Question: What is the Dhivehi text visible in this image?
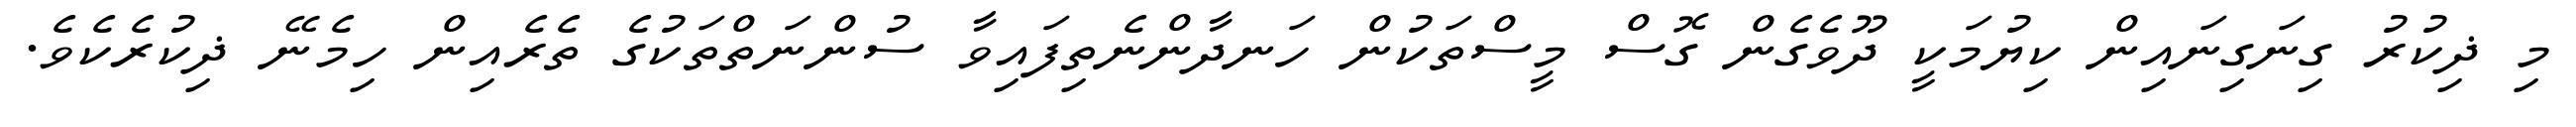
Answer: މި ޛިކުރު ގިނަގިނައިން ކިޔުމަކީ ދޫވެގެން ގޮސް މީސްތަކުން ހަނދާންނެތިފައިވާ ސުންނަތްތަކުގެ ތެރެއިން ހިމެނޭ ޛިކުރެކެވެ.